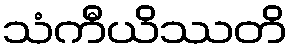
သံကီယိဿတိ